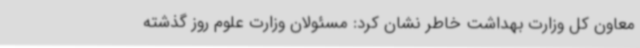
معاون کل وزارت بهداشت خاطر نشان کرد: مسئولان وزارت علوم روز گذشته